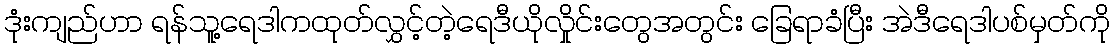
ဒုံးကျည်ဟာ ရန်သူ့ရေဒါကထုတ်လွှင့်တဲ့ရေဒီယိုလှိုင်းတွေအတွင်း ခြေရာခံပြီး အဲဒီရေဒါပစ်မှတ်ကို